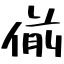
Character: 偂